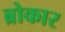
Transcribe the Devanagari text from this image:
ब्रोकार